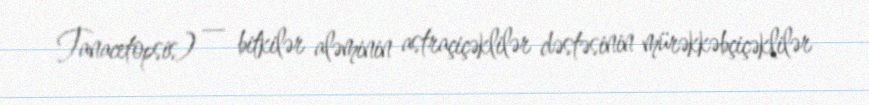
Tanacetopsis) — bitkilər aləminin astraçiçəklilər dəstəsinin mürəkkəbçiçəklilər